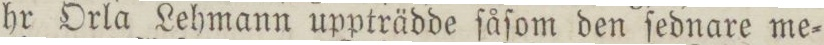
hr Orla Lehmann uppträdde ſåſom den ſednare me=